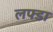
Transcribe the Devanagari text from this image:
लफ्डा